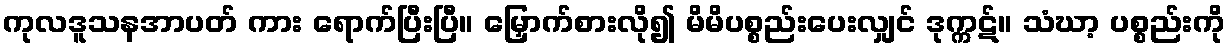
ကုလဒူသနအာပတ် ကား ရောက်ပြီးပြီ။ မြှောက်စားလို၍ မိမိပစ္စည်းပေးလျှင် ဒုက္ကဋ်။ သံဃာ့ ပစ္စည်းကို